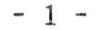
- 1 -